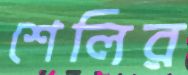
শেলির